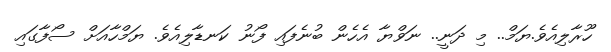
ހޫރާލިއެވެ.ޔަމް.. މި ދަނީ.. ނަވްޔާ އެހެން ބުނެފައި ފޯނު ކަނޑާލިއެވެ. ޔަމްހާއަށް ސޯފާގައި